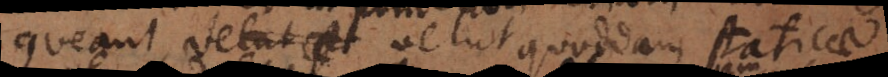
queant velut et velut quoddam staticae